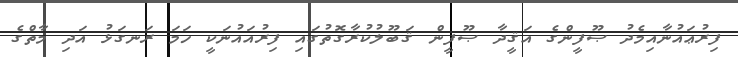
ފިރުޢައުނާއިމެދު ޞޫފީންގެ އަޤީދާ ޞޫފީން ޤަބޫލުކުރާގޮތުގައި ފިރުއައުނަކީ ހަމަ ރަނގަޅު އަދި މާތްގެ